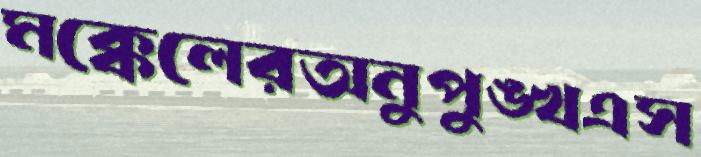
মক্কেলেরঅনুপুঙ্খএস